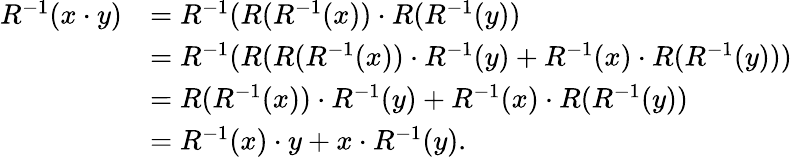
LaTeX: \begin{array}{rl}{R^{-1}(x\cdot y)}&{=R^{-1}(R(R^{-1}(x))\cdot R(R^{-1}(y))}\\ &{=R^{-1}(R(R(R^{-1}(x))\cdot R^{-1}(y)+R^{-1}(x)\cdot R(R^{-1}(y)))}\\ &{=R(R^{-1}(x))\cdot R^{-1}(y)+R^{-1}(x)\cdot R(R^{-1}(y))}\\ &{=R^{-1}(x)\cdot y+x\cdot R^{-1}(y).}\end{array}